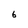
Character: 6